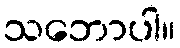
သဘောပါ။